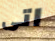
اتى